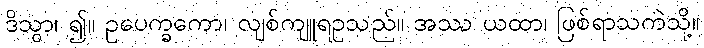
ဒိသွာ၊ ၍။ ဥပေက္ခကော၊ လျစ်ကျူရဥသည်။ အဿ ယထာ၊ ဖြစ်ရာသကဲသို့။